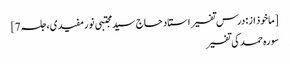
[ماخوذ از: درس تفسیر استاد حاج سید مجتبی نورمفیدی، جلسہ 7]
سورہ حمد کی تفسیر